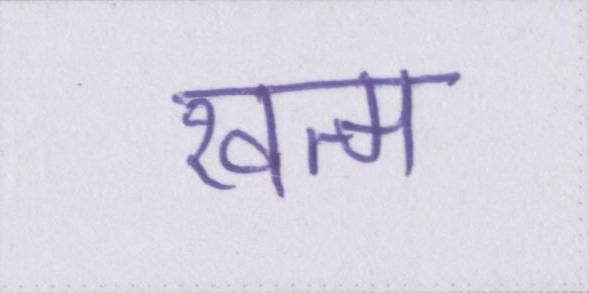
खत्म